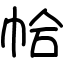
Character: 帢